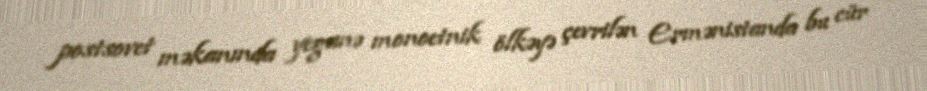
postsovet məkanında yeganə monoetnik ölkəyə çevrilən Ermənistanda bu cür